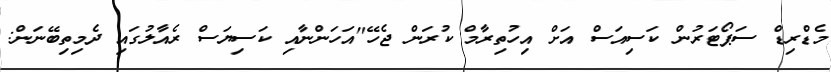
މެޑްރިޑް ސަޕޯޓަރުން ކަސިއަސް އަށް އިހުތިރާމް ކުރަން ޖެހޭ"އަހަންނާއި ކަސިޔަސް ރެއާލުގައި ދެމިތިބޭނަން: